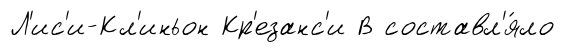
Л'ис'и-Кл'иньон Кр'езанс'и В составл'я́ло